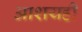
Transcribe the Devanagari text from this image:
आशयही